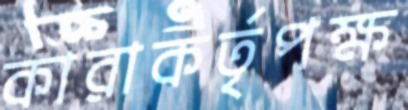
কারাকর্তৃপক্ষ